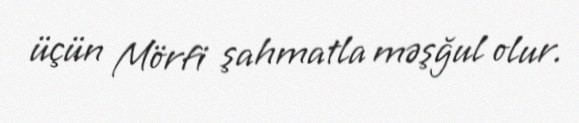
üçün Mörfi şahmatla məşğul olur.